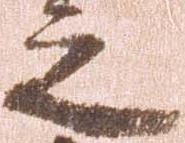
之